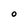
Character: O